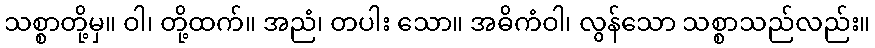
သစ္စာတို့မှ။ ဝါ၊ တို့ထက်။ အညံ၊ တပါး သော။ အဓိကံဝါ၊ လွန်သော သစ္စာသည်လည်း။